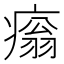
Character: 𤹗